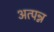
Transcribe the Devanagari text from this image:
अत्पन्न